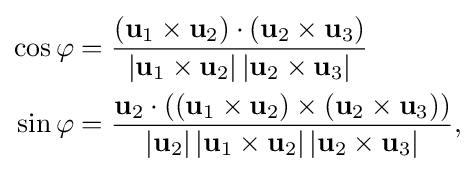
{\begin{aligned}\cos \varphi &={\frac {(\mathbf {u} _{1}\times \mathbf {u} _{2})\cdot (\mathbf {u} _{2}\times \mathbf {u} _{3})}{|\mathbf {u} _{1}\times \mathbf {u} _{2}|\,|\mathbf {u} _{2}\times \mathbf {u} _{3}|}}\\\sin \varphi &={\frac {\mathbf {u} _{2}\cdot ((\mathbf {u} _{1}\times \mathbf {u} _{2})\times (\mathbf {u} _{2}\times \mathbf {u} _{3}))}{|\mathbf {u} _{2}|\,|\mathbf {u} _{1}\times \mathbf {u} _{2}|\,|\mathbf {u} _{2}\times \mathbf {u} _{3}|}},\end{aligned}}